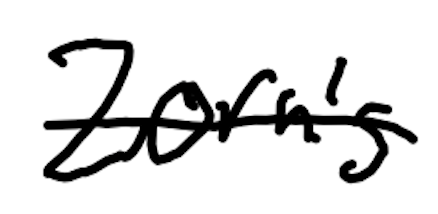
Text: Zorn's
Cross-out: single-line
Writing tool: digital_black